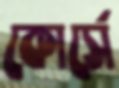
কোর্সে